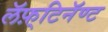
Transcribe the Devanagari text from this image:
लॅफ़्टिनॅण्ट